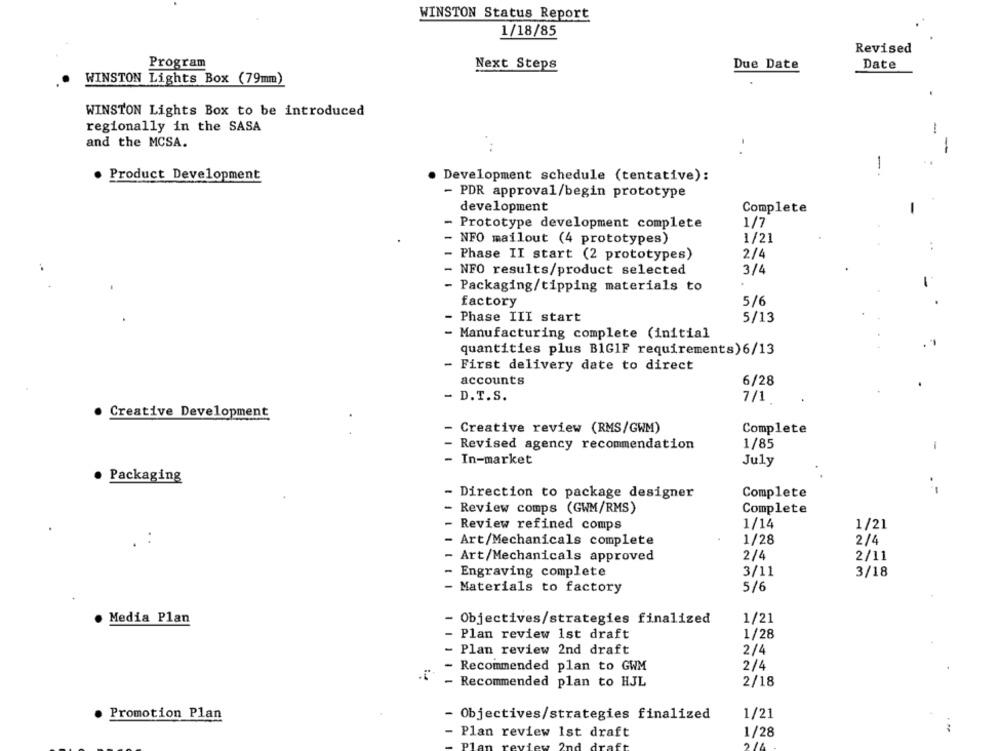
WINSTON Status Report
1/18/85
Revised
Program
Next Steps
Due Date
Date
WINSTON Lights Box (79mm)
WINSTON Lights Box to be introduced
regionally in the SASA
and the MCSA.
-
-.
. Product Development
. Development schedule (tentative):
- PDR approval/begin prototype
development
Complete
- Prototype development complete
1/7
- NFO mailout (4 prototypes)
1/21
2/4
- Phase II start (2 prototypes)
3/4
- NFO results/product selected
- Packaging/tipping materials to
factory
5/6
- Phase III start
5/13
- Manufacturing complete (initial
quantities plus BIG1F requirements)6/13
First delivery date to direct
accounts
6/28
-
D.T.S.
7/1
Creative Development
Creative review (RMS/GWM)
Complete
- Revised agency recommendation
1/85
-
- In-market
July
Packaging
Direction to package designer
Complete
Review comps (GWM/RMS)
Complete
- Review refined comps
1/14
1/21
1/28
2/4
- Art/Mechanicals complete
2/4
2/11
- Art/Mechanicals approved
- Engraving complete
3/11
3/18
- Materials to factory
5/6
Media Plan
Objectives/strategies finalized
1/21
- Plan review 1st draft
1/28
Plan review 2nd draft
2/4
- Recommended plan to GWM
2/4
- Recommended plan to HJL
2/18
Promotion Plan
1/21
- Objectives/strategies finalized
- Plan review 1st draft
1/28